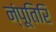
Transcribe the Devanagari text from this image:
न्ंपूतिरि